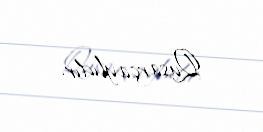
Qusarçaylıdır.